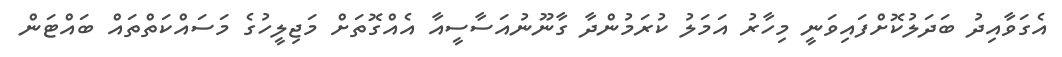
އެގަވާއިދު ބަދަލުކޮށްފައިވަނީ މިހާރު އަމަލު ކުރަމުންދާ ގާނޫނުއަސާސީއާ އެއްގޮތަށް މަޖިލީހުގެ މަސައްކަތްތައް ބައްޓަން